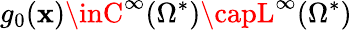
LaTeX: g_{0}(\mathbf{x})\inC^{\infty}(\Omega^{*})\capL^{\infty}(\Omega^{*})